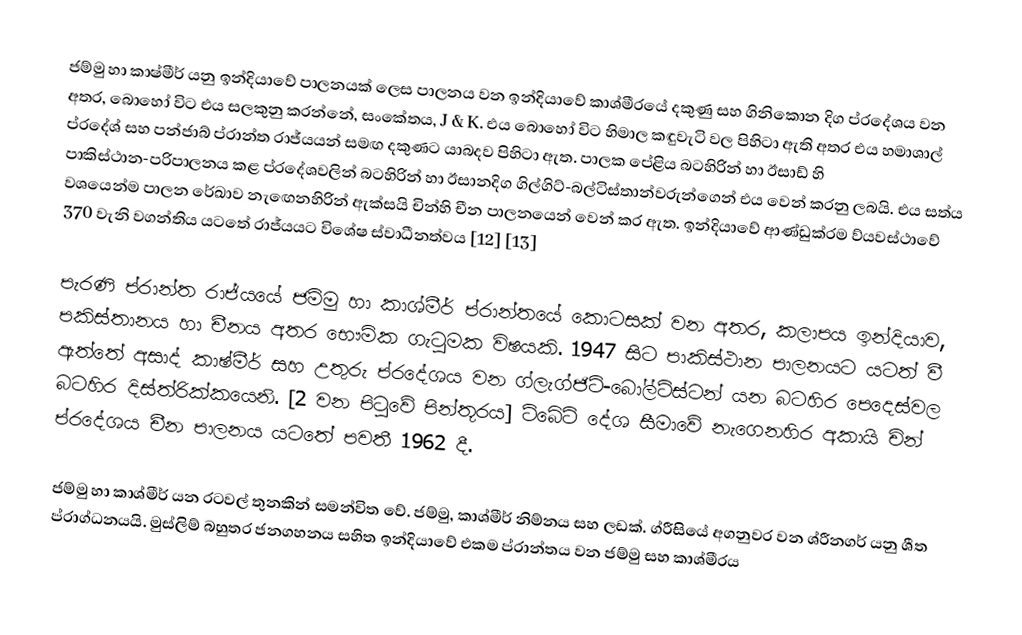
ජම්මු හා කාෂ්මීර් යනු ඉන්දියාවේ පාලනයක් ලෙස පාලනය වන ඉන්දියාවේ කාශ්මීරයේ දකුණු සහ ගිනිකොන දිග ප්රදේශය වන අතර, බොහෝ විට එය සලකුනු කරන්නේ, සංකේතය, J & K. එය බොහෝ විට හිමාල කඳුවැටි වල පිහිටා ඇති අතර එය හමාශාල් ප්රදේශ් සහ පන්ජාබ් ප්රාන්ත රාජ්යයන් සමඟ දකුණට යාබදව පිහිටා ඇත. පාලක පේළිය බටහිරින් හා ඊසාඩ් හි පාකිස්ථාන-පරිපාලනය කළ ප්රදේශවලින් බටහිරින් හා ඊසානදිග ගිල්ගිට්-බල්ටිස්තාන්වරුන්ගෙන් එය වෙන් කරනු ලබයි. එය සත්ය වශයෙන්ම පාලන රේඛාව නැඟෙනහිරින් ඇක්සයි චින්හි චීන පාලනයෙන් වෙන් කර ඇත. ඉන්දියාවේ ආණ්ඩුක්රම ව්යවස්ථාවේ 370 වැනි වගන්තිය යටතේ රාජ්යයට විශේෂ ස්වාධීනත්වය [12] [13]

පැරණි ප්රාන්ත රාජ්යයේ ජම්මු හා කාශ්මීර් ප්රාන්තයේ කොටසක් වන අතර, කලාපය ඉන්දියාව, පකිස්තානය හා චීනය අතර භෞමික ගැටුමක විෂයකි. 1947 සිට පාකිස්ථාන පාලනයට යටත් වී ඇත්තේ අසාද් කාෂ්මීර් සහ උතුරු ප්රදේශය වන ග්ලැග්ජිට්-බෝල්ටිස්ටන් යන බටහිර පෙදෙස්වල බටහිර දිස්ත්රික්කයෙනි. [2 වන පිටුවේ පින්තූරය] ටිබේට් දේශ සීමාවේ නැගෙනහිර අකායි චින් ප්රදේශය චීන පාලනය යටතේ පවතී 1962 දී.

ජම්මු හා කාශ්මීර් යන රටවල් තුනකින් සමන්විත වේ. ජම්මු, කාශ්මීර් නිම්නය සහ ලඩක්. ග්රීසියේ අගනුවර වන ශ්රීනගර් යනු ශීත ප්රාග්ධනයයි. මුස්ලිම් බහුතර ජනගහනය සහිත ඉන්දියාවේ එකම ප්රාන්තය වන ජම්මු සහ කාශ්මීරය